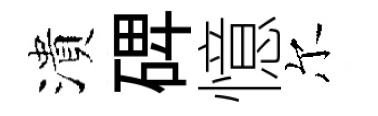
潰𥓓憶尔